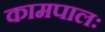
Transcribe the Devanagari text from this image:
कामपालः